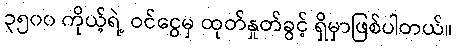
၃၅၀၀ ကိုယ့်ရဲ့ ဝင်ငွေမှ ထုတ်နှုတ်ခွင့် ရှိမှာဖြစ်ပါတယ်။